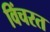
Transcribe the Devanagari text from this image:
विंचरत